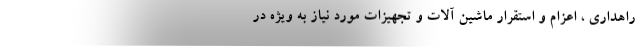
راهداری ، اعزام و استقرار ماشین آلات و تجهیزات مورد نیاز به ویژه در